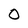
Character: O